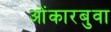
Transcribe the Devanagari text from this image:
ओंकारबुवा